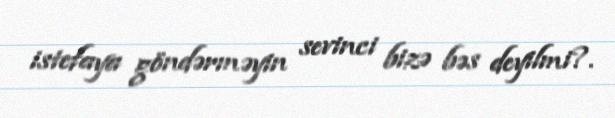
istefaya göndərməyin sevinci bizə bəs deyilmi?.